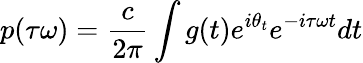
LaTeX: p(\tau\omega)=\frac{c}{2\pi}\int g(t)e^{i\theta_{t}}e^{-i\tau\omega t}dt